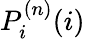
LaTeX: P_{i}^{(n)}(i)